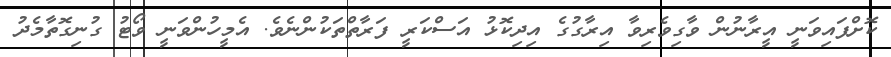
ކޮށްފައިވަނީ އީރާނުން ވާގިވެރިވާ އިރާގުގެ އިދިކޮޅު އަސްކަރީ ފަރާތްތަކުންނެވެ. އެމީހުންވަނީ ވޯޓު ގުނިގޮތާމެދު